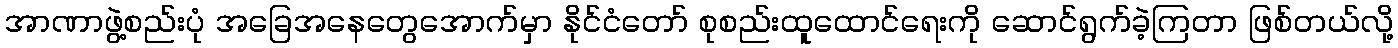
အာဏာဖွဲ့စည်းပုံ အခြေအနေတွေအောက်မှာ နိုင်ငံတော် စုစည်းထူထောင်ရေးကို ဆောင်ရွက်ခဲ့ကြတာ ဖြစ်တယ်လို့